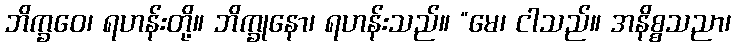
ဘိက္ခဝေ၊ ရဟန်းတို့။ ဘိက္ခုနော၊ ရဟန်းသည်။ “မေ၊ ငါသည်။ အနိစ္စသညာ၊